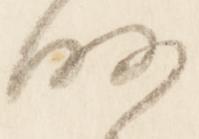
略